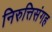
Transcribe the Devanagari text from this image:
निरुत्तिसंगह